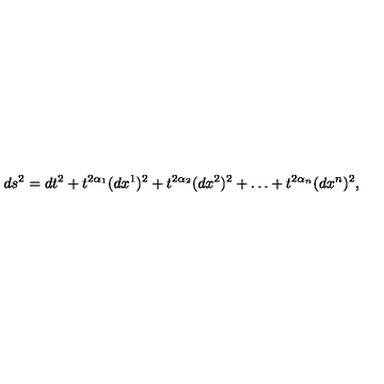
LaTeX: d s ^ { 2 } = d t ^ { 2 } + t ^ { 2 \alpha _ { 1 } } ( d x ^ { 1 } ) ^ { 2 } + t ^ { 2 \alpha _ { 2 } } ( d x ^ { 2 } ) ^ { 2 } + \ldots + t ^ { 2 \alpha _ { n } } ( d x ^ { n } ) ^ { 2 } ,